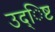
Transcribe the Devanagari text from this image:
उद्िष्ट